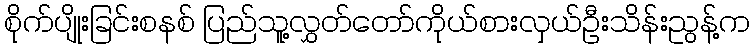
စိုက်ပျိုးခြင်းစနစ် ပြည်သူ့လွှတ်တော်ကိုယ်စားလှယ်ဦးသိန်းညွန့်က